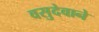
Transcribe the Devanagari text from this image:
वसुदेवाने